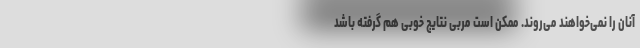
آنان را نمی‌خواهند می‌روند. ممکن است مربی نتایج خوبی هم گرفته باشد